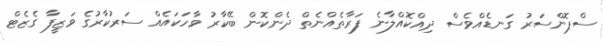
ސްޕޮންސަރު ގަނޑެއްވެސް ދިއްކޮއްލާނެ ފަރާތެއްނެތް ދެންކޮން ބޭކާރު ވާހަކައެއް ސަރުކާރުގެ ވަޒީފާ ގެޒެޓް